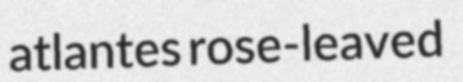
atlantes rose-leaved